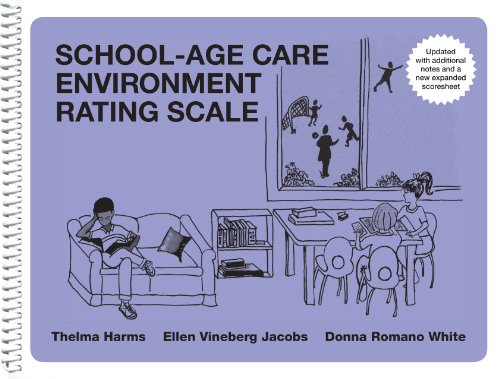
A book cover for School-Age Care Environment Rating Scale (SACERS) Updated Edition; Thelma Harms; Education & Teaching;